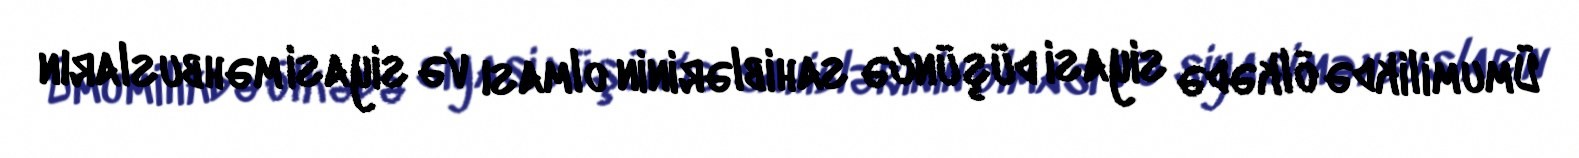
Ümumilikdə ölkədə siyasi düşüncə sahiblərinin olması və siyasi məhbusların